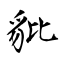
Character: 豼